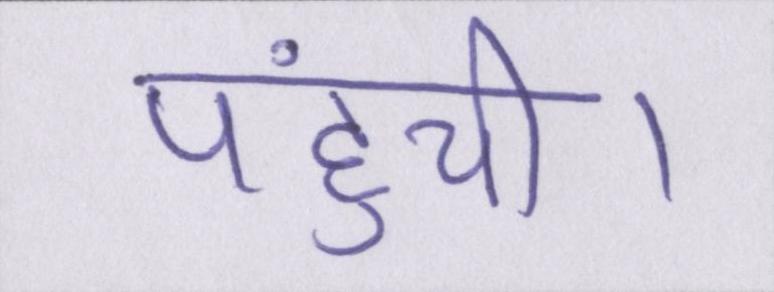
पहुंची।